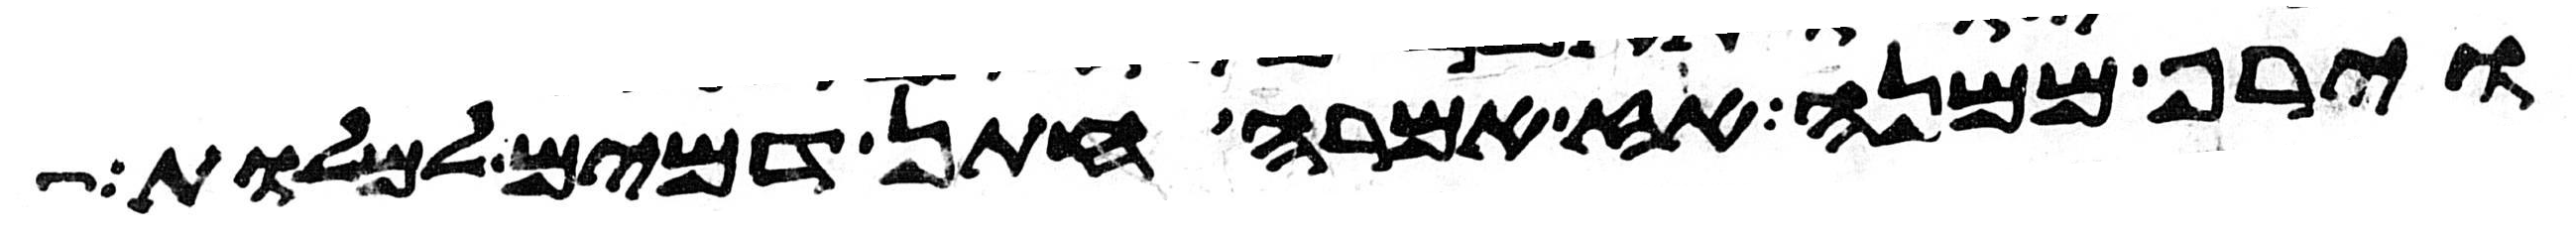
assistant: וירף ממנה אז אמרה חתן דמים למלות